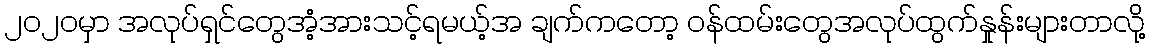
၂၀၂၀မှာ အလုပ်ရှင်တွေအံ့အားသင့်ရမယ့်အ ချက်ကတော့ ဝန်ထမ်းတွေအလုပ်ထွက်နှုန်းများတာလို့